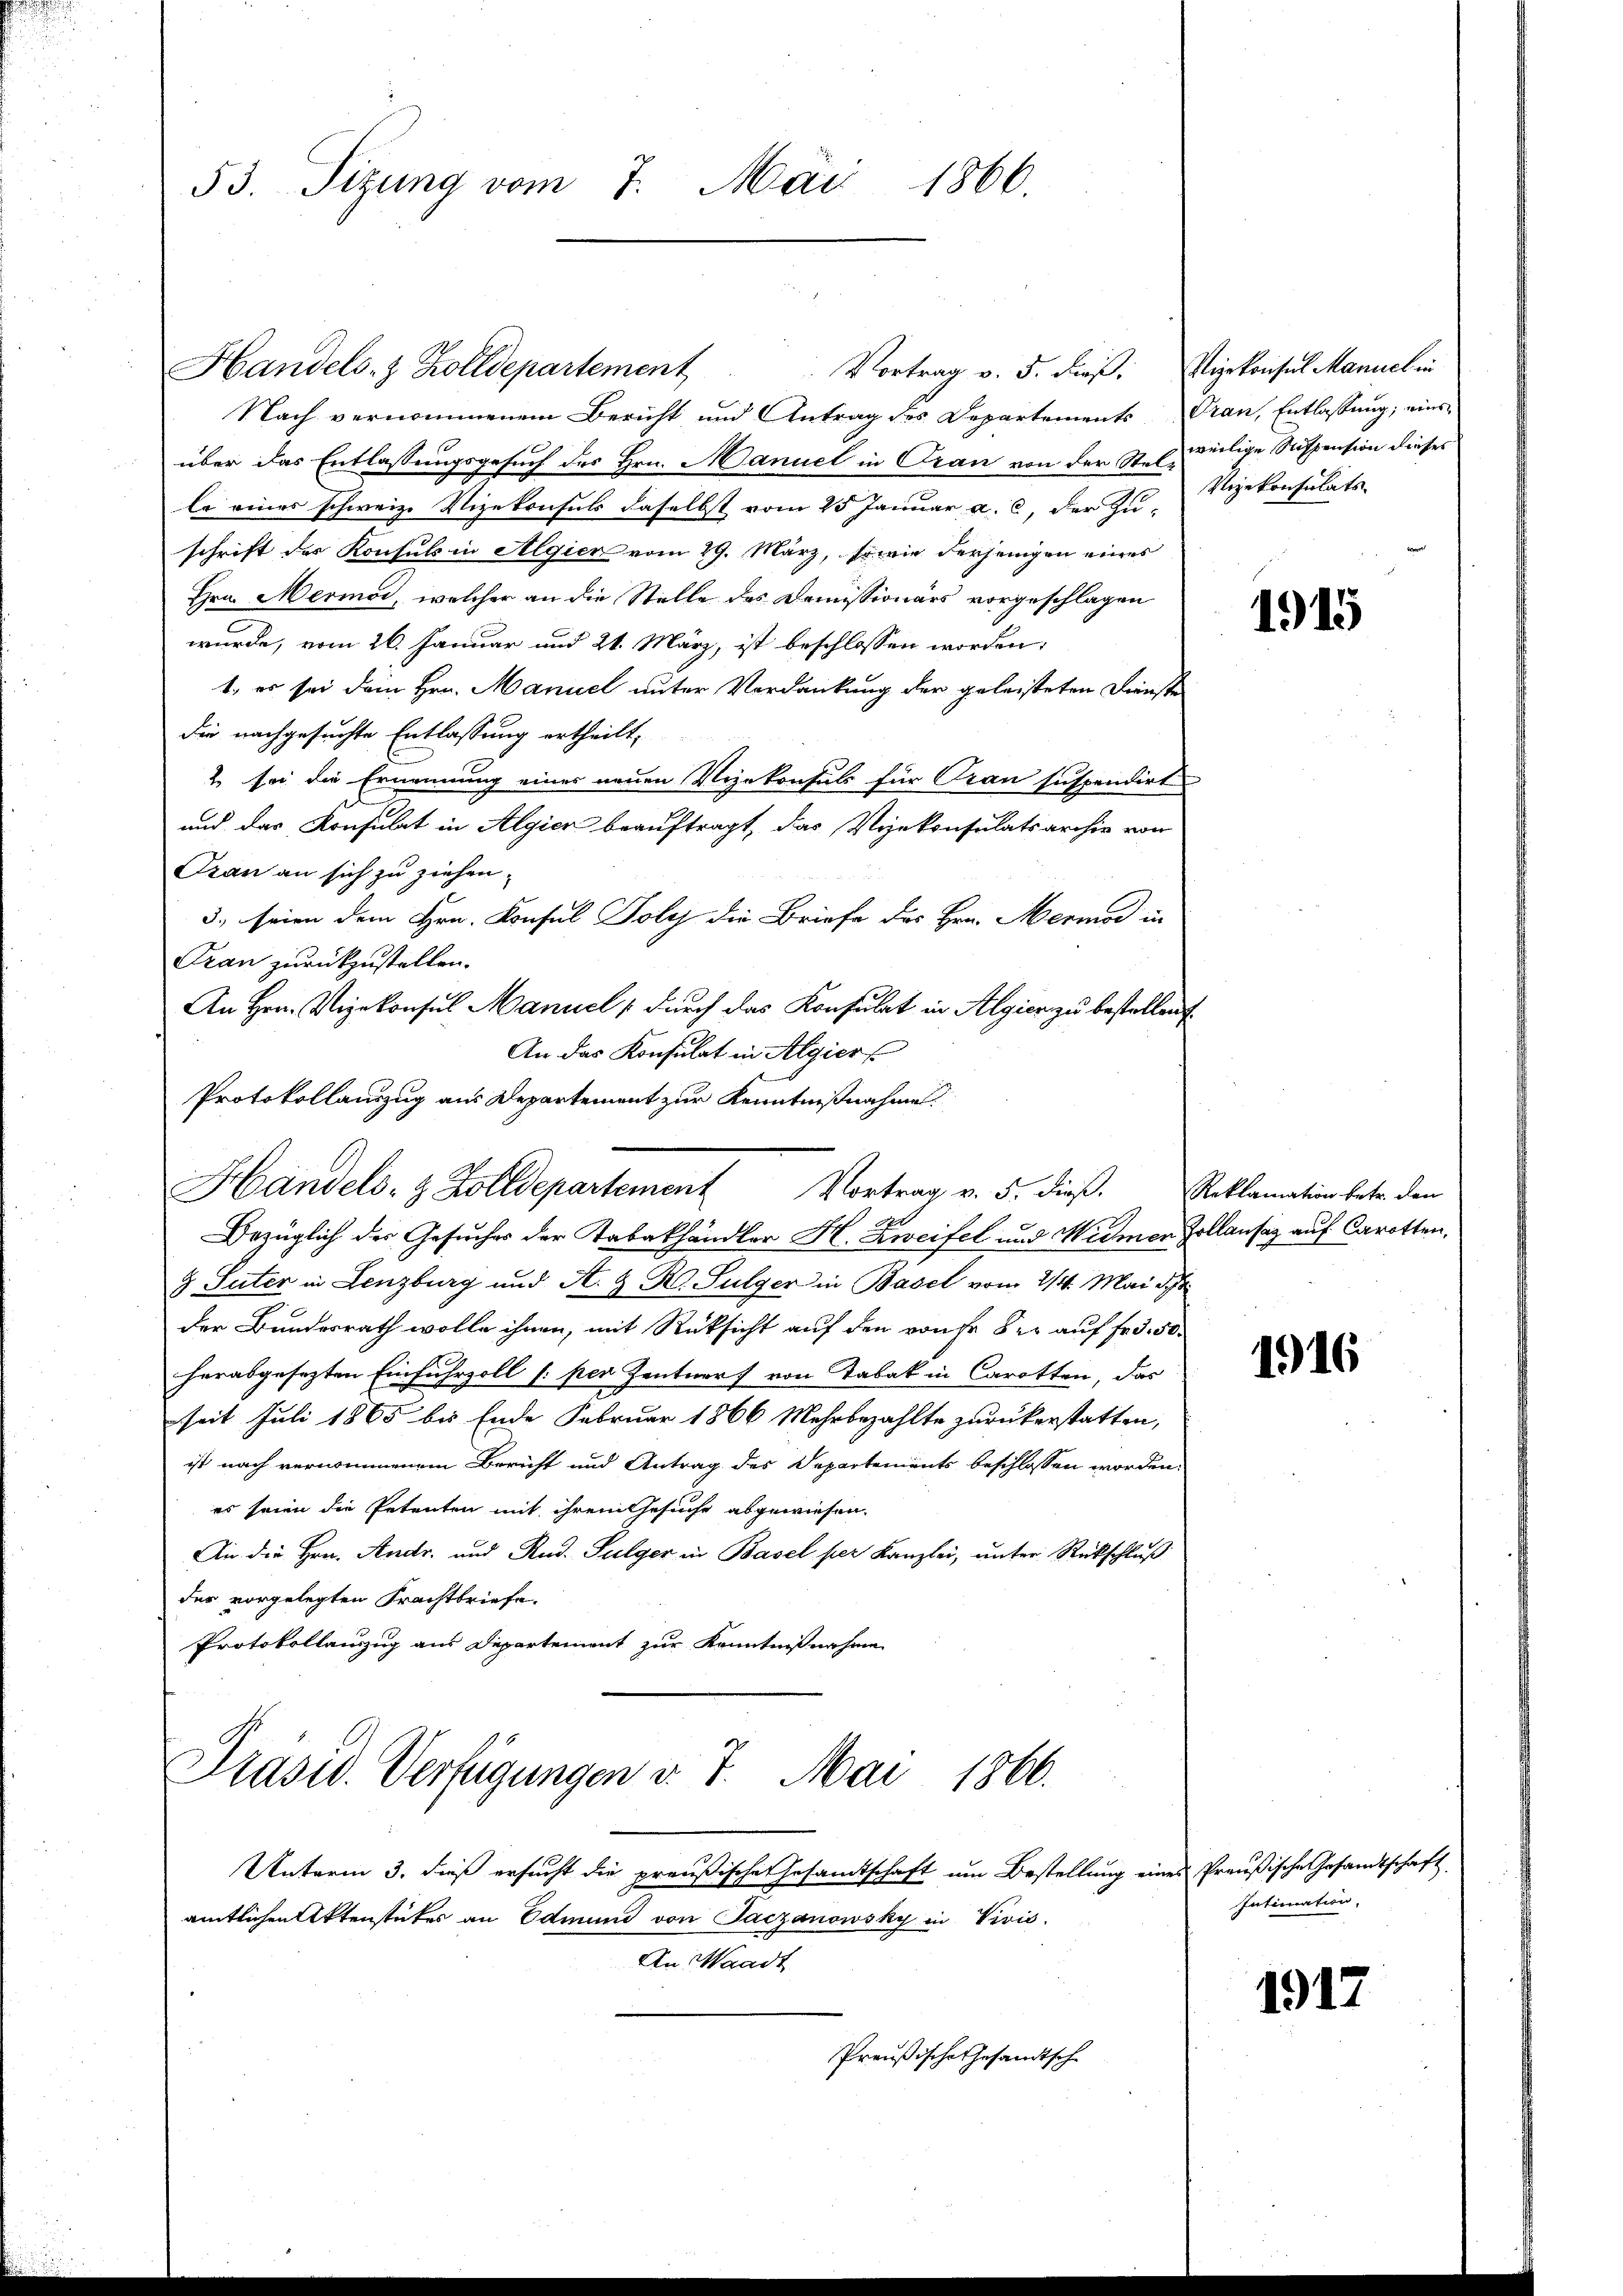
53. Sizung vom 7. Mai 1866.

Vortrag v. 5. dieß.
Nach vernommenem Bericht und Antrag des Departements Gran, Entlassung; eines
über das Entlassungsgesuch des Hrn. Manuel in Oran von der Stelle eines schweiz. Vizekonsuls daselbst vom 25 Januar a. c. der Zu-
schrift des Konsuls in Algier vom 29. März, sowie derjenigen eines
Hrn. Mermor, welcher an die Stelle des Domissionärs vorgeschlagen
wurde, vom 26. Januar und 21. März, ist beschlossen worden:
1. es sei dein Hrn. Manuel unter Verdankung der geleisteten Dienste
die nachgesuchte Entlassung ertheilt,
2. so die Ernennung eines neuen Vizekonsuls für Oran suspendirt
und das Konsulat in Algien beauftragt, das Vizekonsulatsarchiv von
Frau an sich zu ziehen.
3., seien dem Hrn. Konsul Toly die Briefe des Hrn. Mermod in
Gran zurückzustellen.
An Hrn. Vizekonsul Manuel (durch das Konsulat in Algien zu bestellen
An das Konsulat in Algier
Protokollauszug aus Departement zur Kenntnißnahme.
Handels- & Zolldepartement Vortrag v. 5. dieβ.
Bezüglich der Gesuches der Tabakhändler H. Zweifel und Widmer
G Suter in Lenzburg und A. Z. K. Sulger in Basel vom 21. Mai d. Js.
der Bundesrath wolle ihnen, mit Rücksicht auf den vonse der auf Fr. 3. 50
herabgesezten Einfuhrzoll (: per Zentner von Tabak in Carotten, das
seit Juli 1865 bis Ende Februar 1866 Mehrbezahlte zurückerstatten,
ist nach vernommenem Bericht und Antrag des Departements beschlossen worden.
es seien die Petenten mit ihrem Gesuche abgewiesen.
An die Hrn. Andr. und Rud. Fulger in Basel per Kanzlei, unter Rückschluß
der vorgelegten Frachtbriefe.
Protokollauszug aus Departement zur Kenntnißnahme

Handels- & Zolldepartement

Präsid. Verfügungen v. 7. Mai 1866.

Unterm 3. daß ersucht die preußische Gesandtschaft um Bestellung en
amtlichen Aktenstückes an Edmund von Taczanowsky in Vivis.
An Waadt
Preußische Gesandtsche

Vizekonsul Manuel in
weilige Suspension dieses
Vizekonsulats

1915

Reklamation betr. den
Pollansaz auf Carotten,

1916

ines Preußische Gesandtschaft
Intimation,

1917